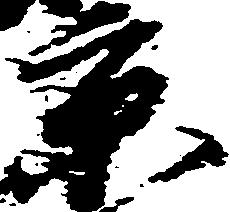
京